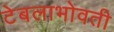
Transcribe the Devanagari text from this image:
टेबलाभोवती